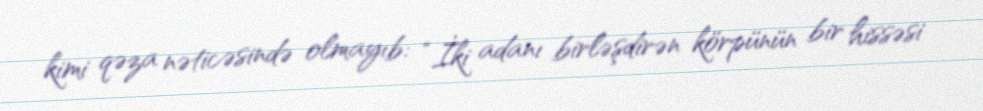
kimi qəza nəticəsində olmayıb: “İki adanı birləşdirən körpünün bir hissəsi